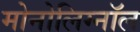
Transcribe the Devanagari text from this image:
मोनोलिग्नॉल